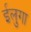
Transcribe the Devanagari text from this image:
ईलुगा